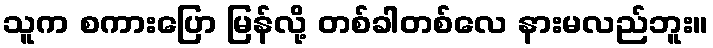
သူက စကားပြော မြန်လို့ တစ်ခါတစ်လေ နားမလည်ဘူး။